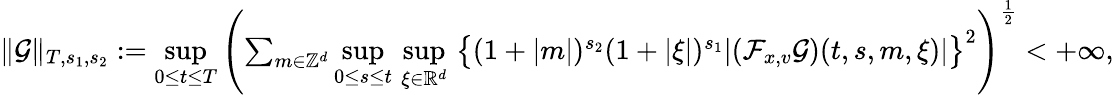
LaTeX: \begin{array}{r}{\Vert\mathcal{G}\Vert_{T,s_{1},s_{2}}:=\underset{0\leq t\leq T}{\operatorname*{sup}}\left(\sum_{m\in\mathbb Z^{d}}\underset{0\leq s\leq t}{\operatorname*{sup}}\, \underset{\xi\in\mathbb R^{d}}{\operatorname*{sup}}\, \big\lbrace(1+\vert m\vert)^{s_{2}}(1+\vert\xi\vert)^{s_{1}}\vert(\mathcal{F}_{x,v}\mathcal{G})(t,s,m,\xi)\vert\big\rbrace^{2}\right)^{\frac{1}{2}}<+\infty,}\end{array}